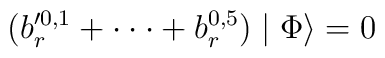
(b_{r}^{\prime 0,1} + \cdot \cdot \cdot + b_{r}^{0,5})\mid \Phi \rangle  = 0